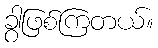
ခွာဖြစ်ကြတယ်။